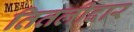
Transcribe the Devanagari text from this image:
तितलीदार